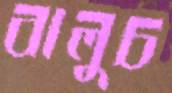
বালুচ